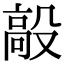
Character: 毃